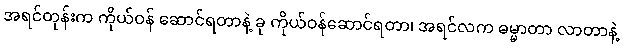
အရင်တုန်းက ကိုယ်ဝန် ဆောင်ရတာနဲ့ ခု ကိုယ်ဝန်ဆောင်ရတာ၊ အရင်လက ဓမ္မာတာ လာတာနဲ့